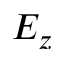
E _ { z }